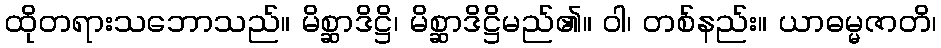
ထိုတရားသဘောသည်။ မိစ္ဆာဒိဋ္ဌိ၊ မိစ္ဆာဒိဋ္ဌိမည်၏။ ဝါ၊ တစ်နည်း။ ယာဓမ္မဇာတိ၊